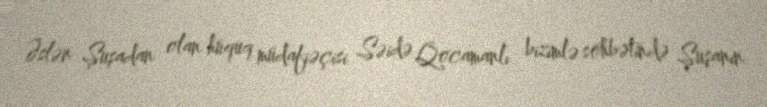
Əslən Şuşadan olan hüquq müdafiəçisi Səidə Qocamanlı bizimlə söhbətində Şuşanın